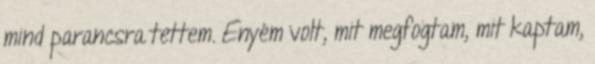
mind parancsra tettem. Enyém volt, mit megfogtam, mit kaptam,